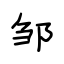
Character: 邹